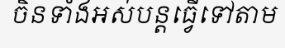
ចិនទាំងអស់បន្តធ្វើទៅតាម